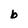
Character: b